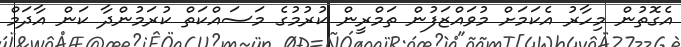
އެގޮތުން މިހާރު އެކަމަށް މުވައްޒަފުން ތަމްރީން ކުރުމުގެ މަސައްކަތް ކުރަމުންދާ ކަން އާދަމް